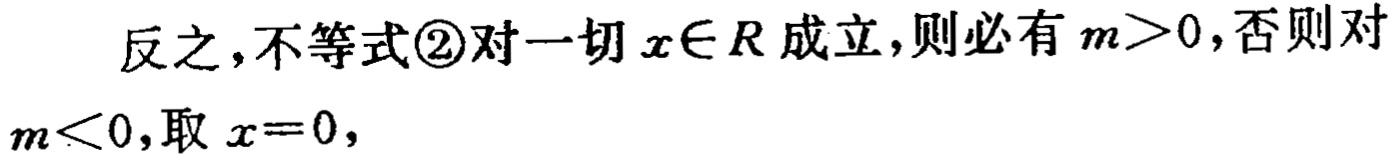
反之,不等式\textcircled{2}对一切\(x\in R\)成立,则必有\(m > 0\),否则对\(m < 0\),取\(x = 0\),